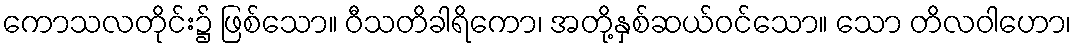
ကောသလတိုင်း၌ ဖြစ်သော။ ဝီသတိခါရိကော၊ အတို့နှစ်ဆယ်ဝင်သော။ သော တိလဝါဟော၊